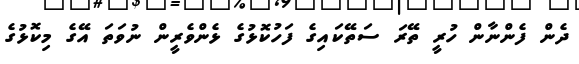
ދެން ފެންނާން ހުރީ ތޭރަ ސަތޭކައިގެ ފަހުކޮޅުގެ ޅެންވެރީން ނުވަތަ އޭގެ މިކޮޅުގެ